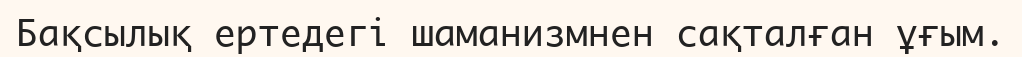
Бақсылық ертедегі шаманизмнен сақталған ұғым.